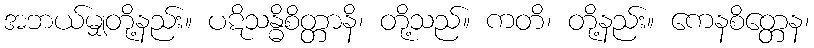
အဘယ်မျှတို့နည်း။ ပဋိသန္ဓိစိတ္တာနိ၊ တို့သည်။ ကတိ၊ တို့နည်း။ ကေနစိတ္တေန၊